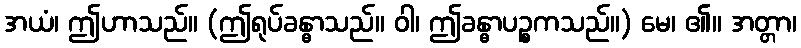
အယံ၊ ဤဟာသည်။ (ဤရုပ်ခန္ဓာသည်။ ဝါ၊ ဤခန္ဓာပဉ္စကသည်။) မေ၊ ၏။ အတ္တာ၊